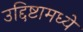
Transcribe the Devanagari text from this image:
उद्दिष्टामध्ये